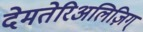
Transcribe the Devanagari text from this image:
देमतेरिअलिज़िग्